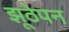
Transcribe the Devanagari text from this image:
झूठेपन